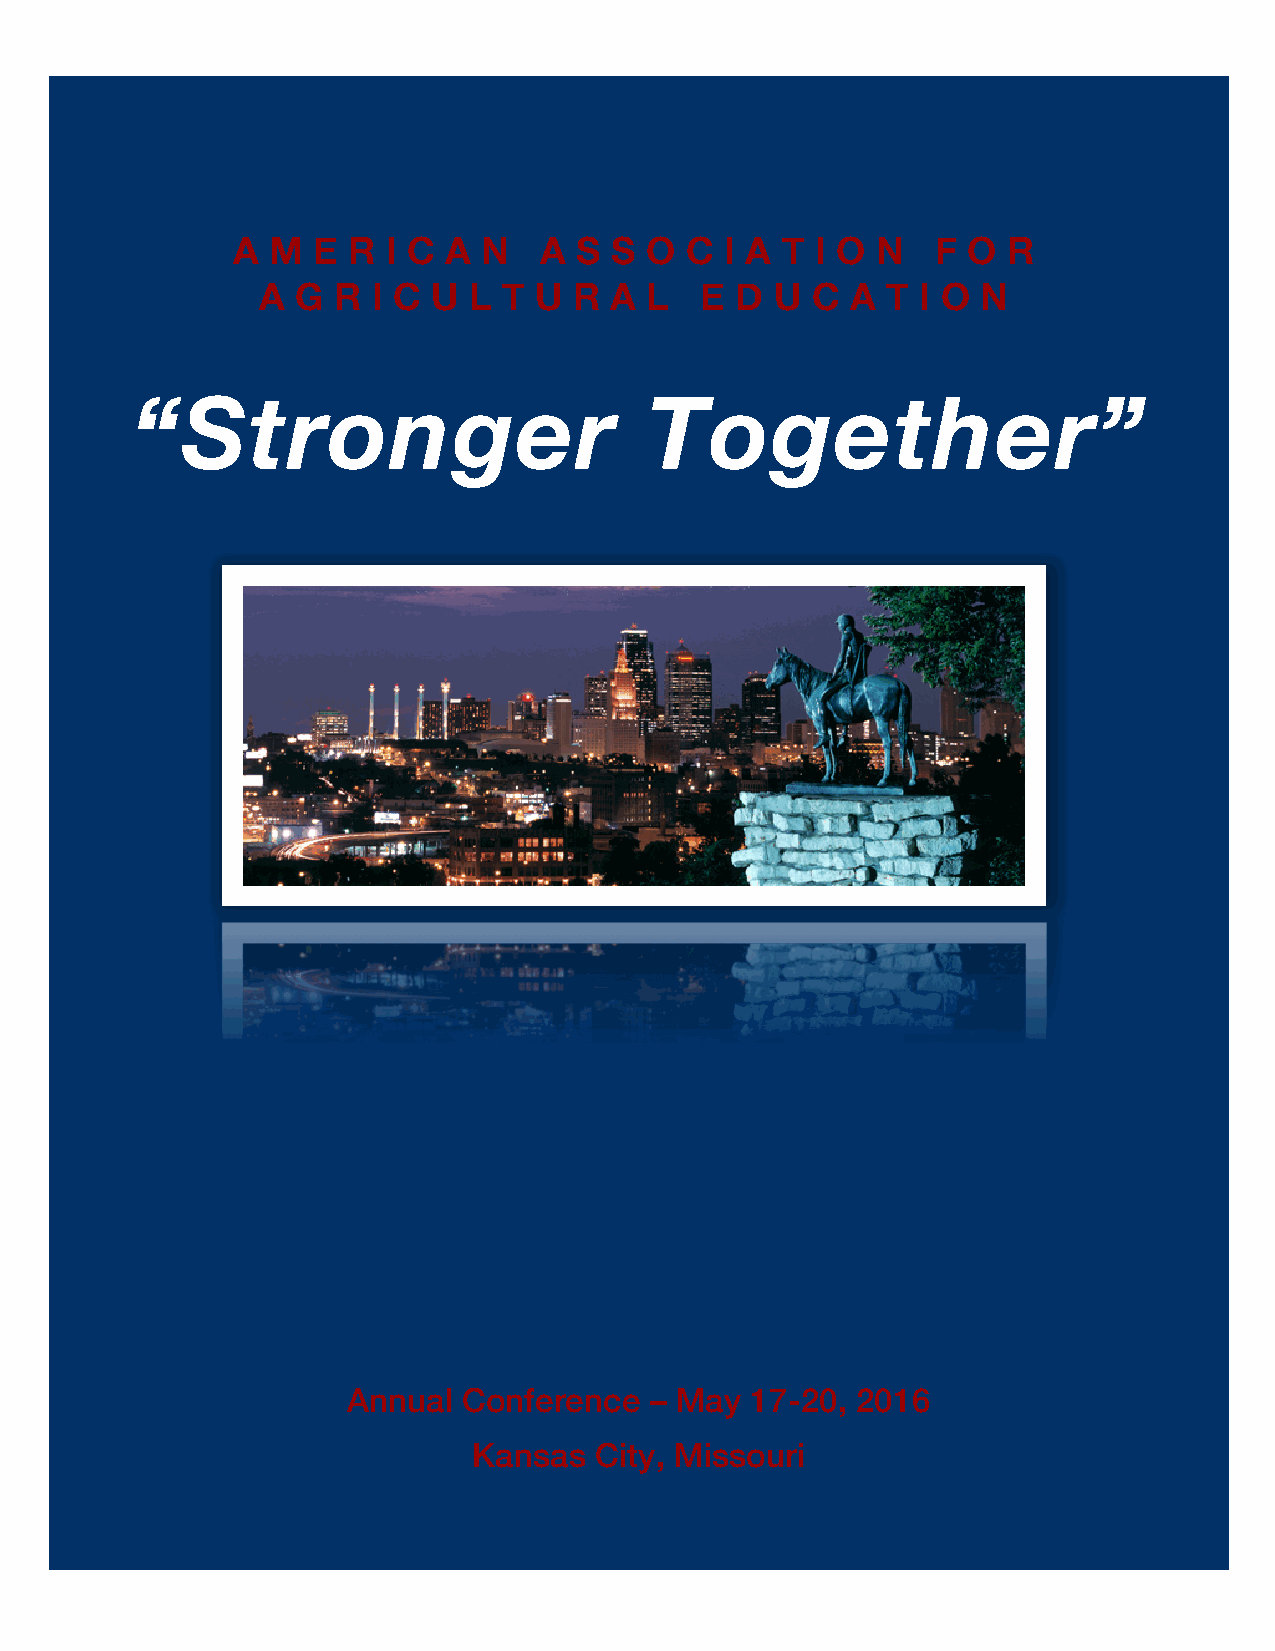
A  M  E R  I C A N   A S S  O C  I A T I O N   F O  R
 A  G R  I C U L T U  R A  L  E  D U  C A  T I O N
 “Stronger                         Together”
 Annual  Conference  – May  17-20, 2016
 Kansas  City, Missouri